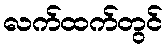
လက်ထက်တွင်